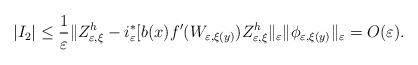
LaTeX: \begin{align*}\left\vert I_{2}\right\vert \leq\frac{1}{\varepsilon}\Vert Z_{\varepsilon,\xi}^{h}-i_{\varepsilon}^{\ast}[b(x)f^{\prime}(W_{\varepsilon,\xi(y)})Z_{\varepsilon,\xi}^{h}\Vert_{\varepsilon}\Vert\phi_{\varepsilon,\xi(y)}\Vert_{\varepsilon}=O(\varepsilon).\end{align*}